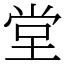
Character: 堂